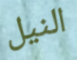
النيل